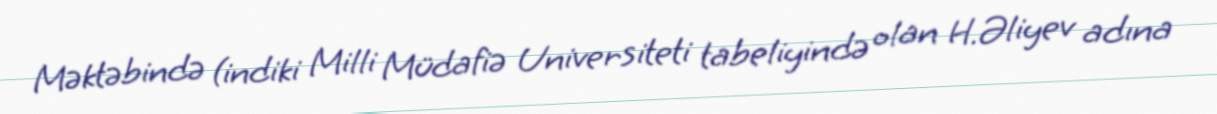
Məktəbində (indiki Milli Müdafiə Universiteti tabeliyində olan H.Əliyev adına